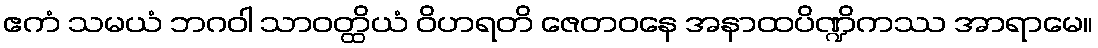
ဧကံ သမယံ ဘဂဝါ သာဝတ္ထိယံ ဝိဟရတိ ဇေတဝနေ အနာထပိဏ္ဍိကဿ အာရာမေ။